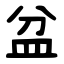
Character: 盆